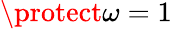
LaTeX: \protect\omega=1